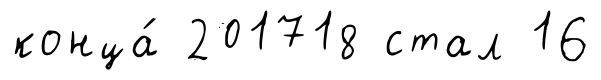
конца́ 201718 стал 16